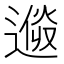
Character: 𨕩